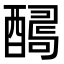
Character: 𨢫